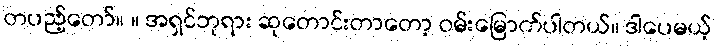
တပည့်တော်။ ။ အရှင်ဘုရား ဆုတောင်းတာတော့ ဝမ်းမြောက်ပါတယ်။ ဒါပေမယ့်